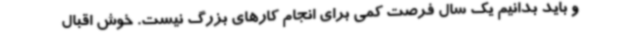
و باید بدانیم یک سال فرصت کمی برای انجام کارهای بزرگ نیست. خوش اقبال